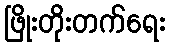
ဖြိုးတိုးတက်ရေး